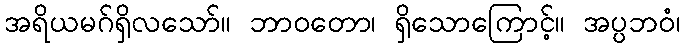
အရိယမဂ်ရှိလသော်။ ဘာဝတော၊ ရှိသောကြောင့်။ အပ္ပဘဝံ၊